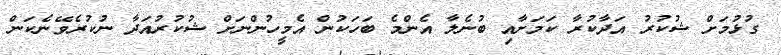
ގުޅުމަށް ޝުކުރު އަދާކުރާ ކަމަށާއި ބުނެލާ އެންމެ ބަހަކުން އެމީހުންނަށް ޝުކުރުއަދާ ނުކުރެވޭނެކަން